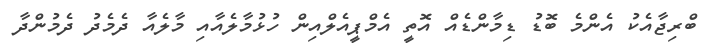
ބްރިޖާއެކު އެންމެ ބޮޑު ޑިމާންޑެއް އޮތީ އެމްޕީއެލްއިން ހުޅުމާލެއާއި މާލެއާ ދެމެދު ދެމުންދާ